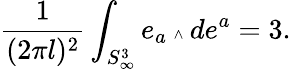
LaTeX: \frac{1}{(2\pi l)^{2}}\int_{S_{\infty}^{3}}e_{a}{\mathrm{\tiny~\wedge~}}de^{a}=3.